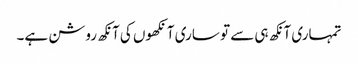
تمہاری آنکھ ہی سے تو ساری آنکھوں کی آنکھ روشن ہے۔